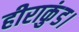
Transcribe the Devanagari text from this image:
हीराकुंड।